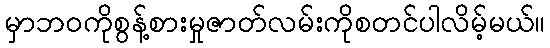
မှာဘဝကိုစွန့်စားမှုဇာတ်လမ်းကိုစတင်ပါလိမ့်မယ်။